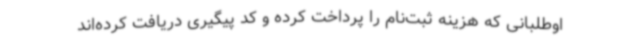
اوطلبانی که هزینه ثبت‌نام را پرداخت کرده و کد پیگیری دریافت کرده‌اند